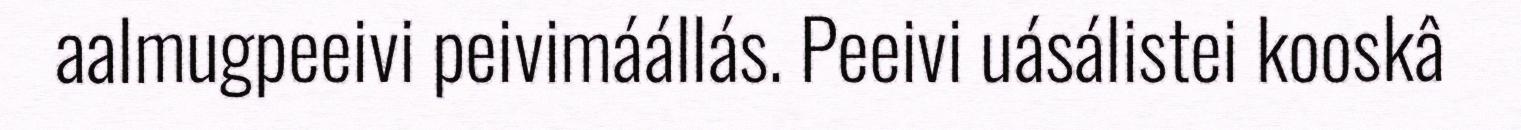
aalmugpeeivi peivimáállás. Peeivi uásálistei kooskâ